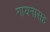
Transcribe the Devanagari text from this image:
गायनासह